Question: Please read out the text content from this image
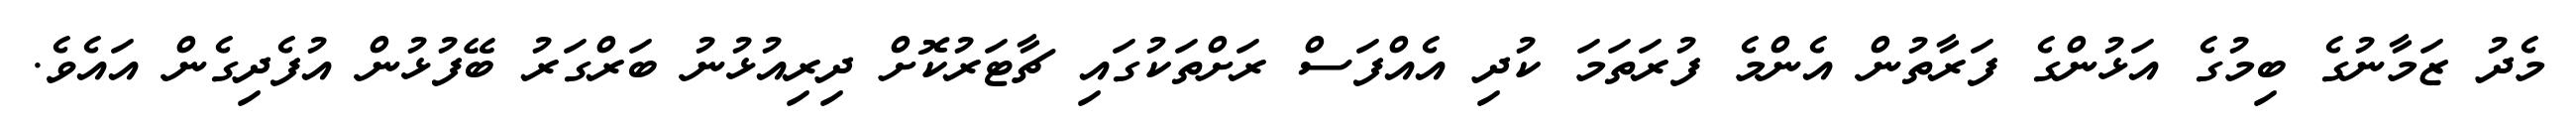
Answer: މެދު ޒަމާނުގެ ބިމުގެ އަޅުންގެ ފަރާތުން އެންމެ ފުރަތަމަ ކުދި އެއްފަސް ރަށްތަކުގައި ޗާޓަރުކޮށް ދިރިއުޅުނު ބަރްގަރު ބޭފުޅުން އުފެދިގެން އައެވެ.